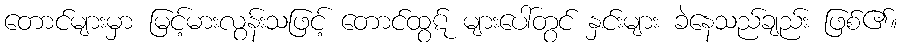
တောင်များမှာ မြင့်မားလွန်းသဖြင့် တောင်ထွဋ် များပေါ်တွင် နှင်းများ ခဲနေသည်ချည်း ဖြစ်၏။